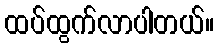
ထပ်ထွက်လာပါတယ်။